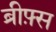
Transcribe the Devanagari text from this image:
ब्रीफ़्स